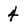
Character: 4